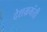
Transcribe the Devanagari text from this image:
देशभ्रमंती